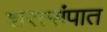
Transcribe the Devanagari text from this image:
शरत्संपात